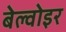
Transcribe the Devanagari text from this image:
बेल्वोइर